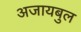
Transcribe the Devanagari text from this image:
अजायबुल